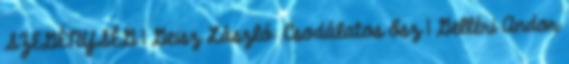
SZEGÉNYSÉG 1 Geisz László: Csodálatos ősz 1 Gelléri Andor